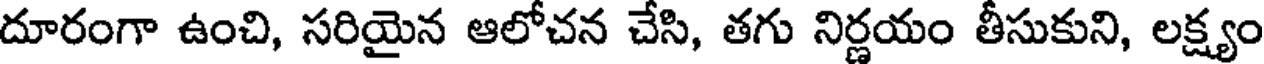
దూరంగా ఉంచి, సరియైన ఆలోచన చేసి, తగు నిర్ణయం తీసుకుని, లక్ష్యం